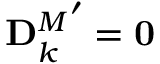
{ \mathbf { D } _ { k } ^ { M } } ^ { \prime } = \mathbf { 0 }